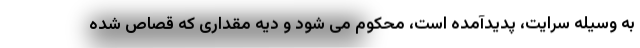
به وسیله سرایت، پدیدآمده است، محکوم می شود و دیه مقداری که قصاص شده